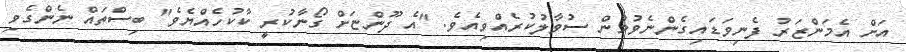
އަށް އެމަންޒަރު ފެނިވަޑައިގެންނެވުމުން ސުވާލުކުރެއްވިއެވެ. "އެ ދޫންޏަށް ގޯނާކުރީ ކާކުހެއްޔެވެ" ބިސްތައް ނެންގެވި